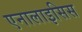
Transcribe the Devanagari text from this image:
एनालाइसिस